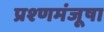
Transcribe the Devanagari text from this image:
प्रश्णमंजूषा